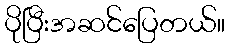
ပိုပြီးအဆင်ပြေတယ်။